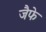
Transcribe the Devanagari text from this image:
जैफे